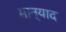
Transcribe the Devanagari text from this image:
मान्याद